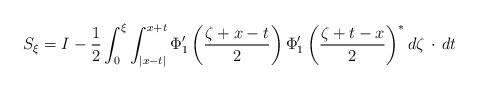
LaTeX: \begin{align*} & S_{\xi}=I-\frac{1}{2}\int_0^{\xi}\int_{|x-t|}^{x+t}\Phi_1^{\prime}\left(\frac{\zeta+x-t}{2}\right)\Phi_1^{\prime}\left(\frac{\zeta+t-x}{2}\right)^*d\zeta \, \cdot \, dt \end{align*}